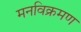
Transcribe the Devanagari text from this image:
मनविक्रमण